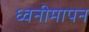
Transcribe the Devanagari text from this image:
ध्वनीमापन